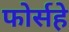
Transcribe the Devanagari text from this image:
फोर्सहे